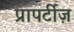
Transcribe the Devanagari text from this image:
प्रापर्टीज़